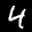
Label: 4